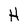
Character: H